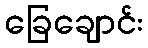
ခြေချောင်း